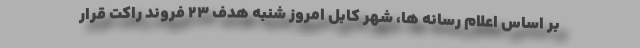
بر اساس اعلام رسانه ها، شهر کابل امروز شنبه هدف ۲۳ فروند راکت قرار